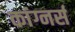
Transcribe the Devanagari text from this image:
कांग्नर्स